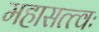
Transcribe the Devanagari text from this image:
महासत्त्वः